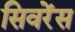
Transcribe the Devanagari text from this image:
सिवरेंस